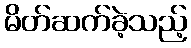
မိတ်ဆက်ခဲ့သည့်